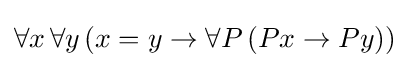
\forall x\,\forall y\,(x=y\rightarrow \forall P\,(Px\rightarrow Py))